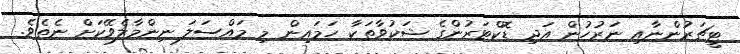
ޓީޗަރުންނާއި ނަރުހުން އަދި ޑޮކްޓަރުންގެ ޝަކުވާތަކާ ހަމައިން މި މައްސަލަ ނިންމާލެވޭކަށް ނެތެވެ.